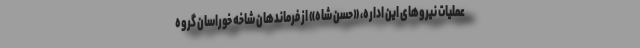
عملیات نیروهای این اداره، «حسن شاه» از فرماندهان شاخه خوراسان گروه